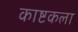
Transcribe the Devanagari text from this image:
काष्टकला